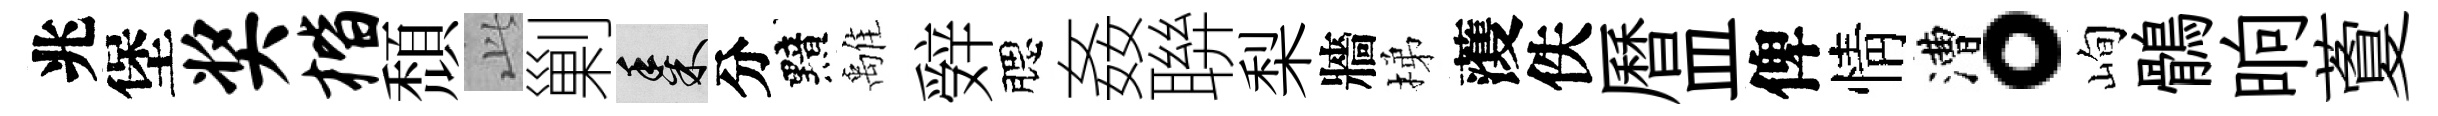
兆堡奖楷頹𬼘剿黍分黯𩀌辤腮姦聨梨牆梯𮑮佚曆皿俾情漕。峋鶻晌藑